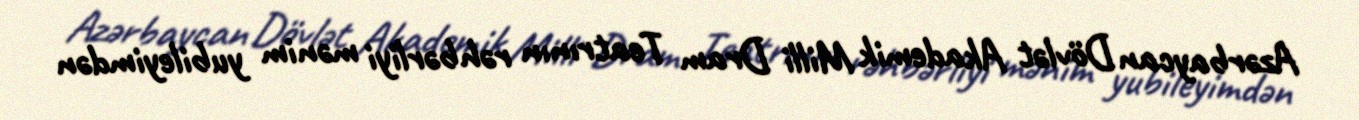
Azərbaycan Dövlət Akademik Milli Dram Teatrının rəhbərliyi mənim yubileyimdən